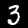
Digit: 3